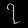
Digit: ၇